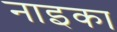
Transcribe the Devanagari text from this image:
नाइका